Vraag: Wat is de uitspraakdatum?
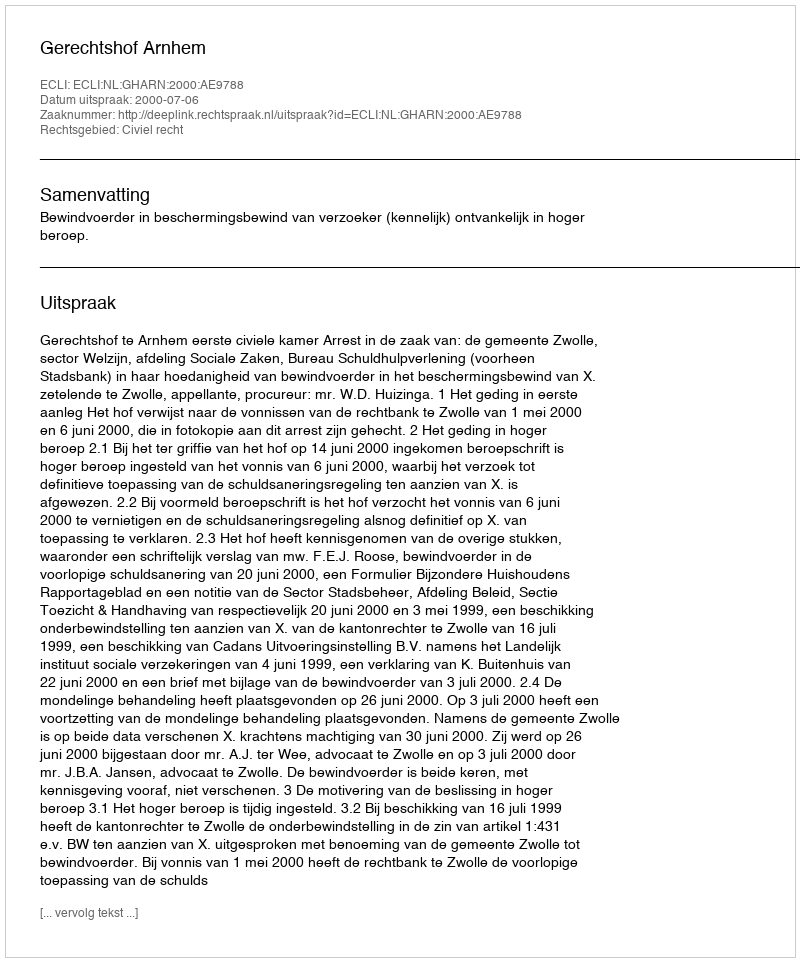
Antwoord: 2000-07-06